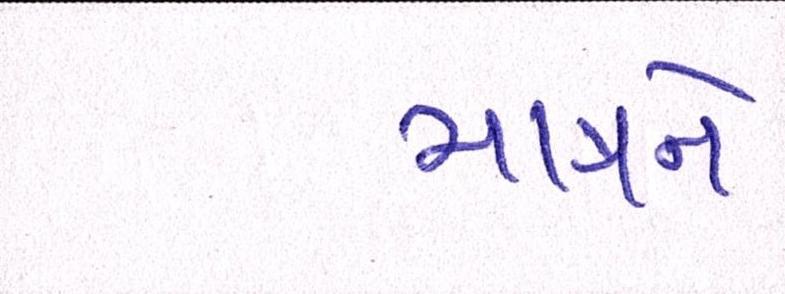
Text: માત્રને